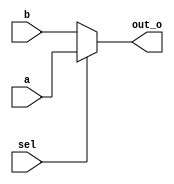
module mux_2to1(input[7:0] a,
					 input[7:0] b,
					 input sel,
					 output[7:0] out_o);
					 

			assign out_o = sel? a : b;		 
			
endmodule